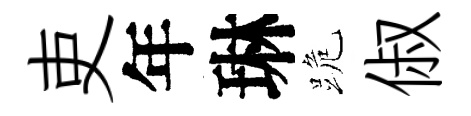
吏年琳跪俶